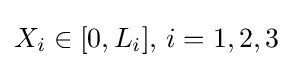
X_{i}\in [0,L_{i}],\,i=1,2,3